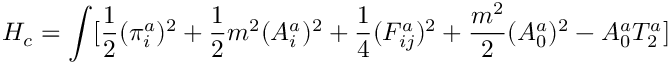
H _ { c } = \int [ \frac { 1 } { 2 } ( \pi _ { i } ^ { a } ) ^ { 2 } + \frac { 1 } { 2 } m ^ { 2 } ( A _ { i } ^ { a } ) ^ { 2 } + \frac { 1 } { 4 } ( F _ { i j } ^ { a } ) ^ { 2 } + \frac { m ^ { 2 } } { 2 } ( A _ { 0 } ^ { a } ) ^ { 2 } - A _ { 0 } ^ { a } T _ { 2 } ^ { a } ]